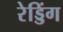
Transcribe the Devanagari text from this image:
रेड्डिंग